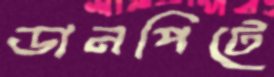
ডানপিটে